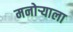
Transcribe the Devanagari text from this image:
मनोऱ्याला